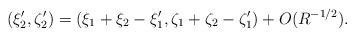
\begin{align*} (\xi_2',\zeta_2')=(\xi_1+\xi_2-\xi_1',\zeta_1+\zeta_2-\zeta_1')+O(R^{-1/2}).\end{align*}